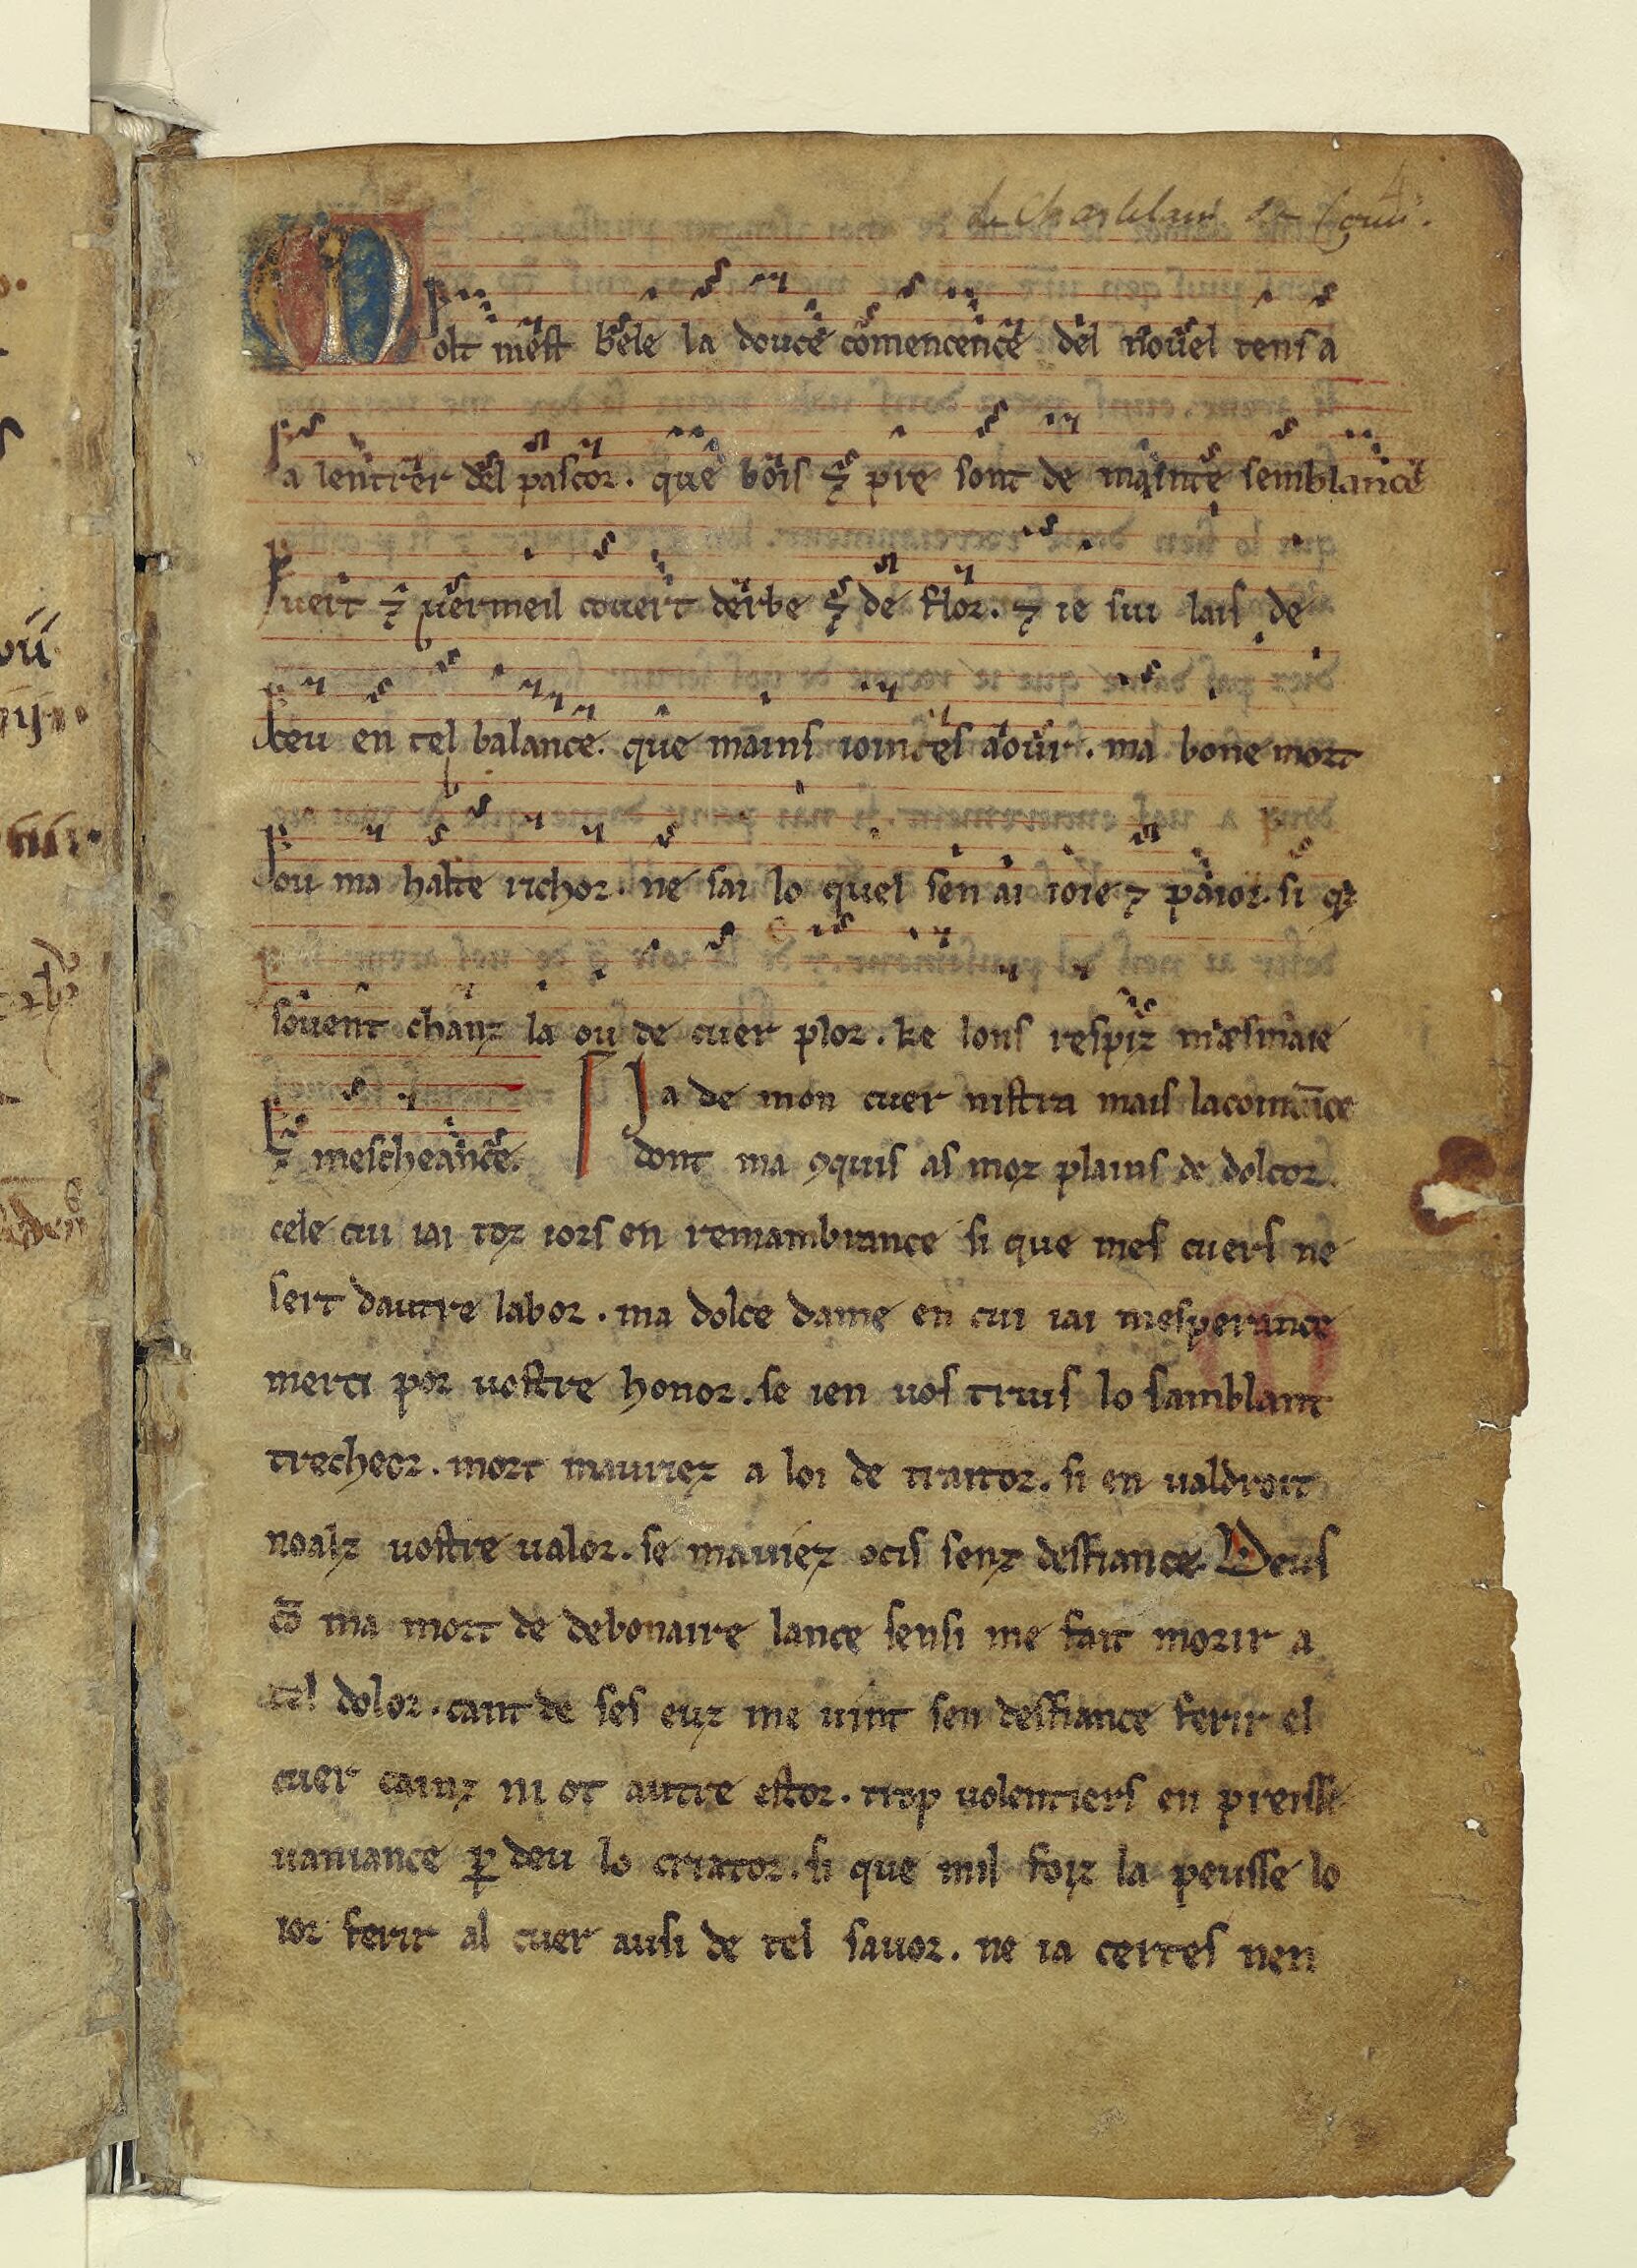
Shelfmark: Paris, BnF, fr. 20050
Century: 13